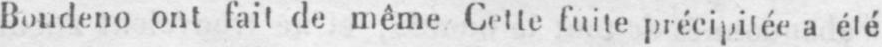
Boudeno ont fait de même Cette fuite précipitée a été